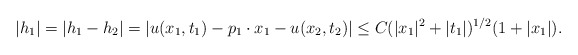
\begin{align*}|h_{1}|=|h_{1}-h_{2}|=|u(x_{1}, t_{1})-p_{1}\cdot x_{1}-u(x_{2}, t_{2})|\leq C(|x_{1}|^{2}+|t_{1}|)^{1/2}(1+|x_{1}|).\end{align*}